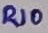
Text: R10